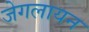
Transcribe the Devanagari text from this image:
जेगलायन